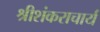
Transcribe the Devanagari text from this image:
श्रीशंकराचार्य